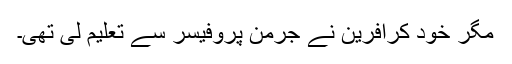
مگر خود کرافرین نے جرمن پروفیسر سے تعلیم لی تھی۔